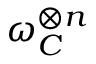
\omega _ { C } ^ { \otimes n }